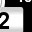
Digit: 2